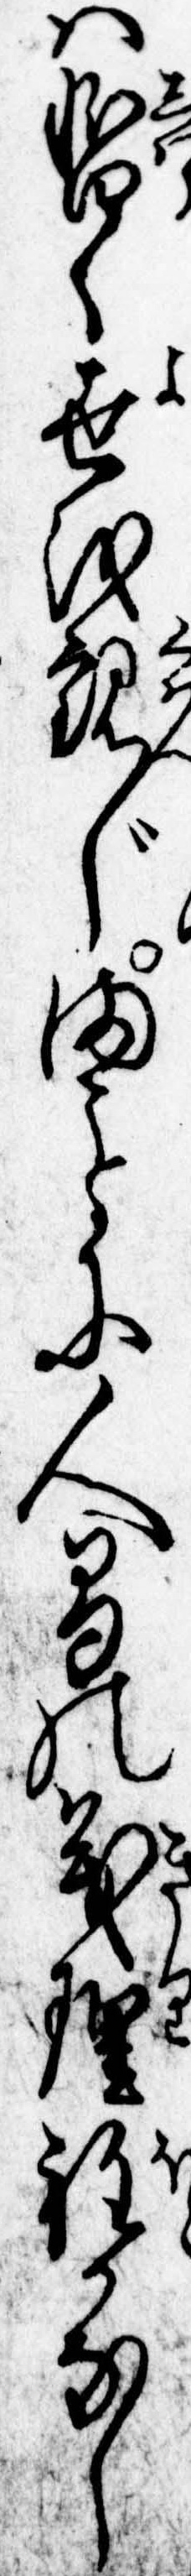
は暫く世を観じまに人間の義理程かなし